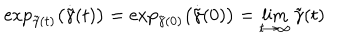
\exp _ { \tilde { \gamma } ( t ) } \left( \dot { \tilde { \gamma } } ( t ) \right) = \exp _ { \tilde { \gamma } ( 0 ) } \left( \dot { \tilde { \gamma } } ( 0 ) \right) = \lim _ { t \rightarrow \infty } { \tilde { \gamma } ( t ) }